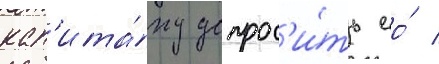
кап'ита́ну допрос'и́ть ео́ /